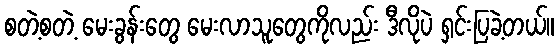
စတဲ့စတဲ့ မေးခွန်းတွေ မေးလာသူတွေကိုလည်း ဒီလိုပဲ ရှင်းပြခဲ့တယ်။